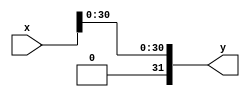
module fabs (x, y);
    input wire [31:0] x;
    output [31:0] y;

    reg [31:0] y;

    assign y = {1'b0, x[30:0]};    
endmodule